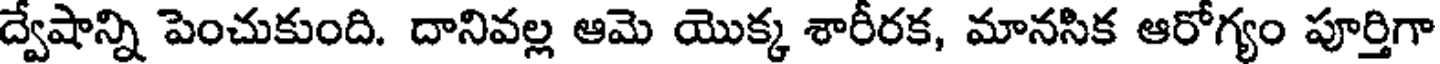
ద్వేషాన్ని పెంచుకుంది. దానివల్ల ఆమె యొక్క శారీరక, మానసిక ఆరోగ్యం పూర్తిగా